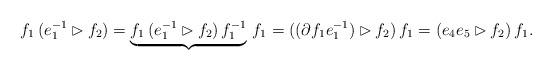
LaTeX: \begin{align*}f_1 \, (e_1^{-1} \rhd f_2) = \underbrace{f_1 \, (e_1^{-1} \rhd f_2)\, f_1^{-1}}_{}\, f_1 = ((\partial f_1 e_1^{-1}) \rhd f_2) \, f_1 = (e_4 e_5 \rhd f_2) \, f_1.\end{align*}